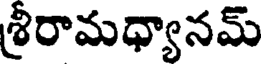
శీరామధ్యానమ్